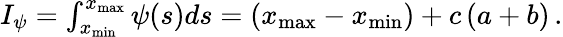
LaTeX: \begin{array}{r}{I_{\psi}=\int_{x_{\mathrm{min}}}^{x_{\mathrm{max}}}\psi(s)ds=(x_{\mathrm{max}}-x_{\mathrm{min}})+c\left(a+b\right)\, .}\end{array}